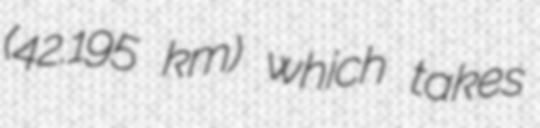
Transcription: (42.195 km) which takes